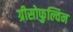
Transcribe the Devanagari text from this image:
ग्रीसोफुल्विन